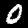
Digit: 0